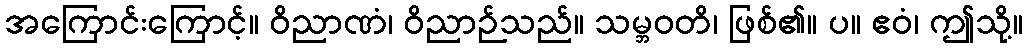
အကြောင်းကြောင့်။ ဝိညာဏံ၊ ဝိညာဉ်သည်။ သမ္ဘဝတိ၊ ဖြစ်၏။ ပ။ ဧဝံ၊ ဤသို့။